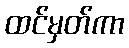
ထင်မှတ်ကာ